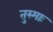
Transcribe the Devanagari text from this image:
तुस्माः